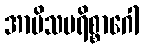
အာမိသပရိစ္စာဂေါ